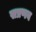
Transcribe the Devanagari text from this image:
सप्रणव